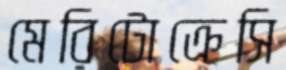
মেরিটোক্রেসি